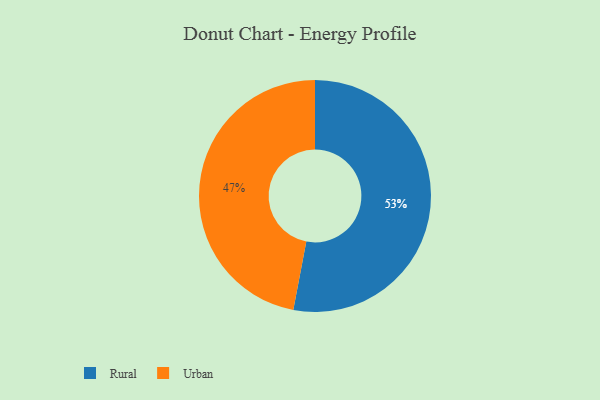
{"axis": {"x": "Category", "y": "Percentage"}, "legend": ["Rural", "Urban"], "data": [{"x": "Urban", "y": 47, "type": "Urban"}, {"x": "Rural", "y": 53, "type": "Rural"}]}